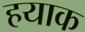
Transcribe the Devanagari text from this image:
हयाक